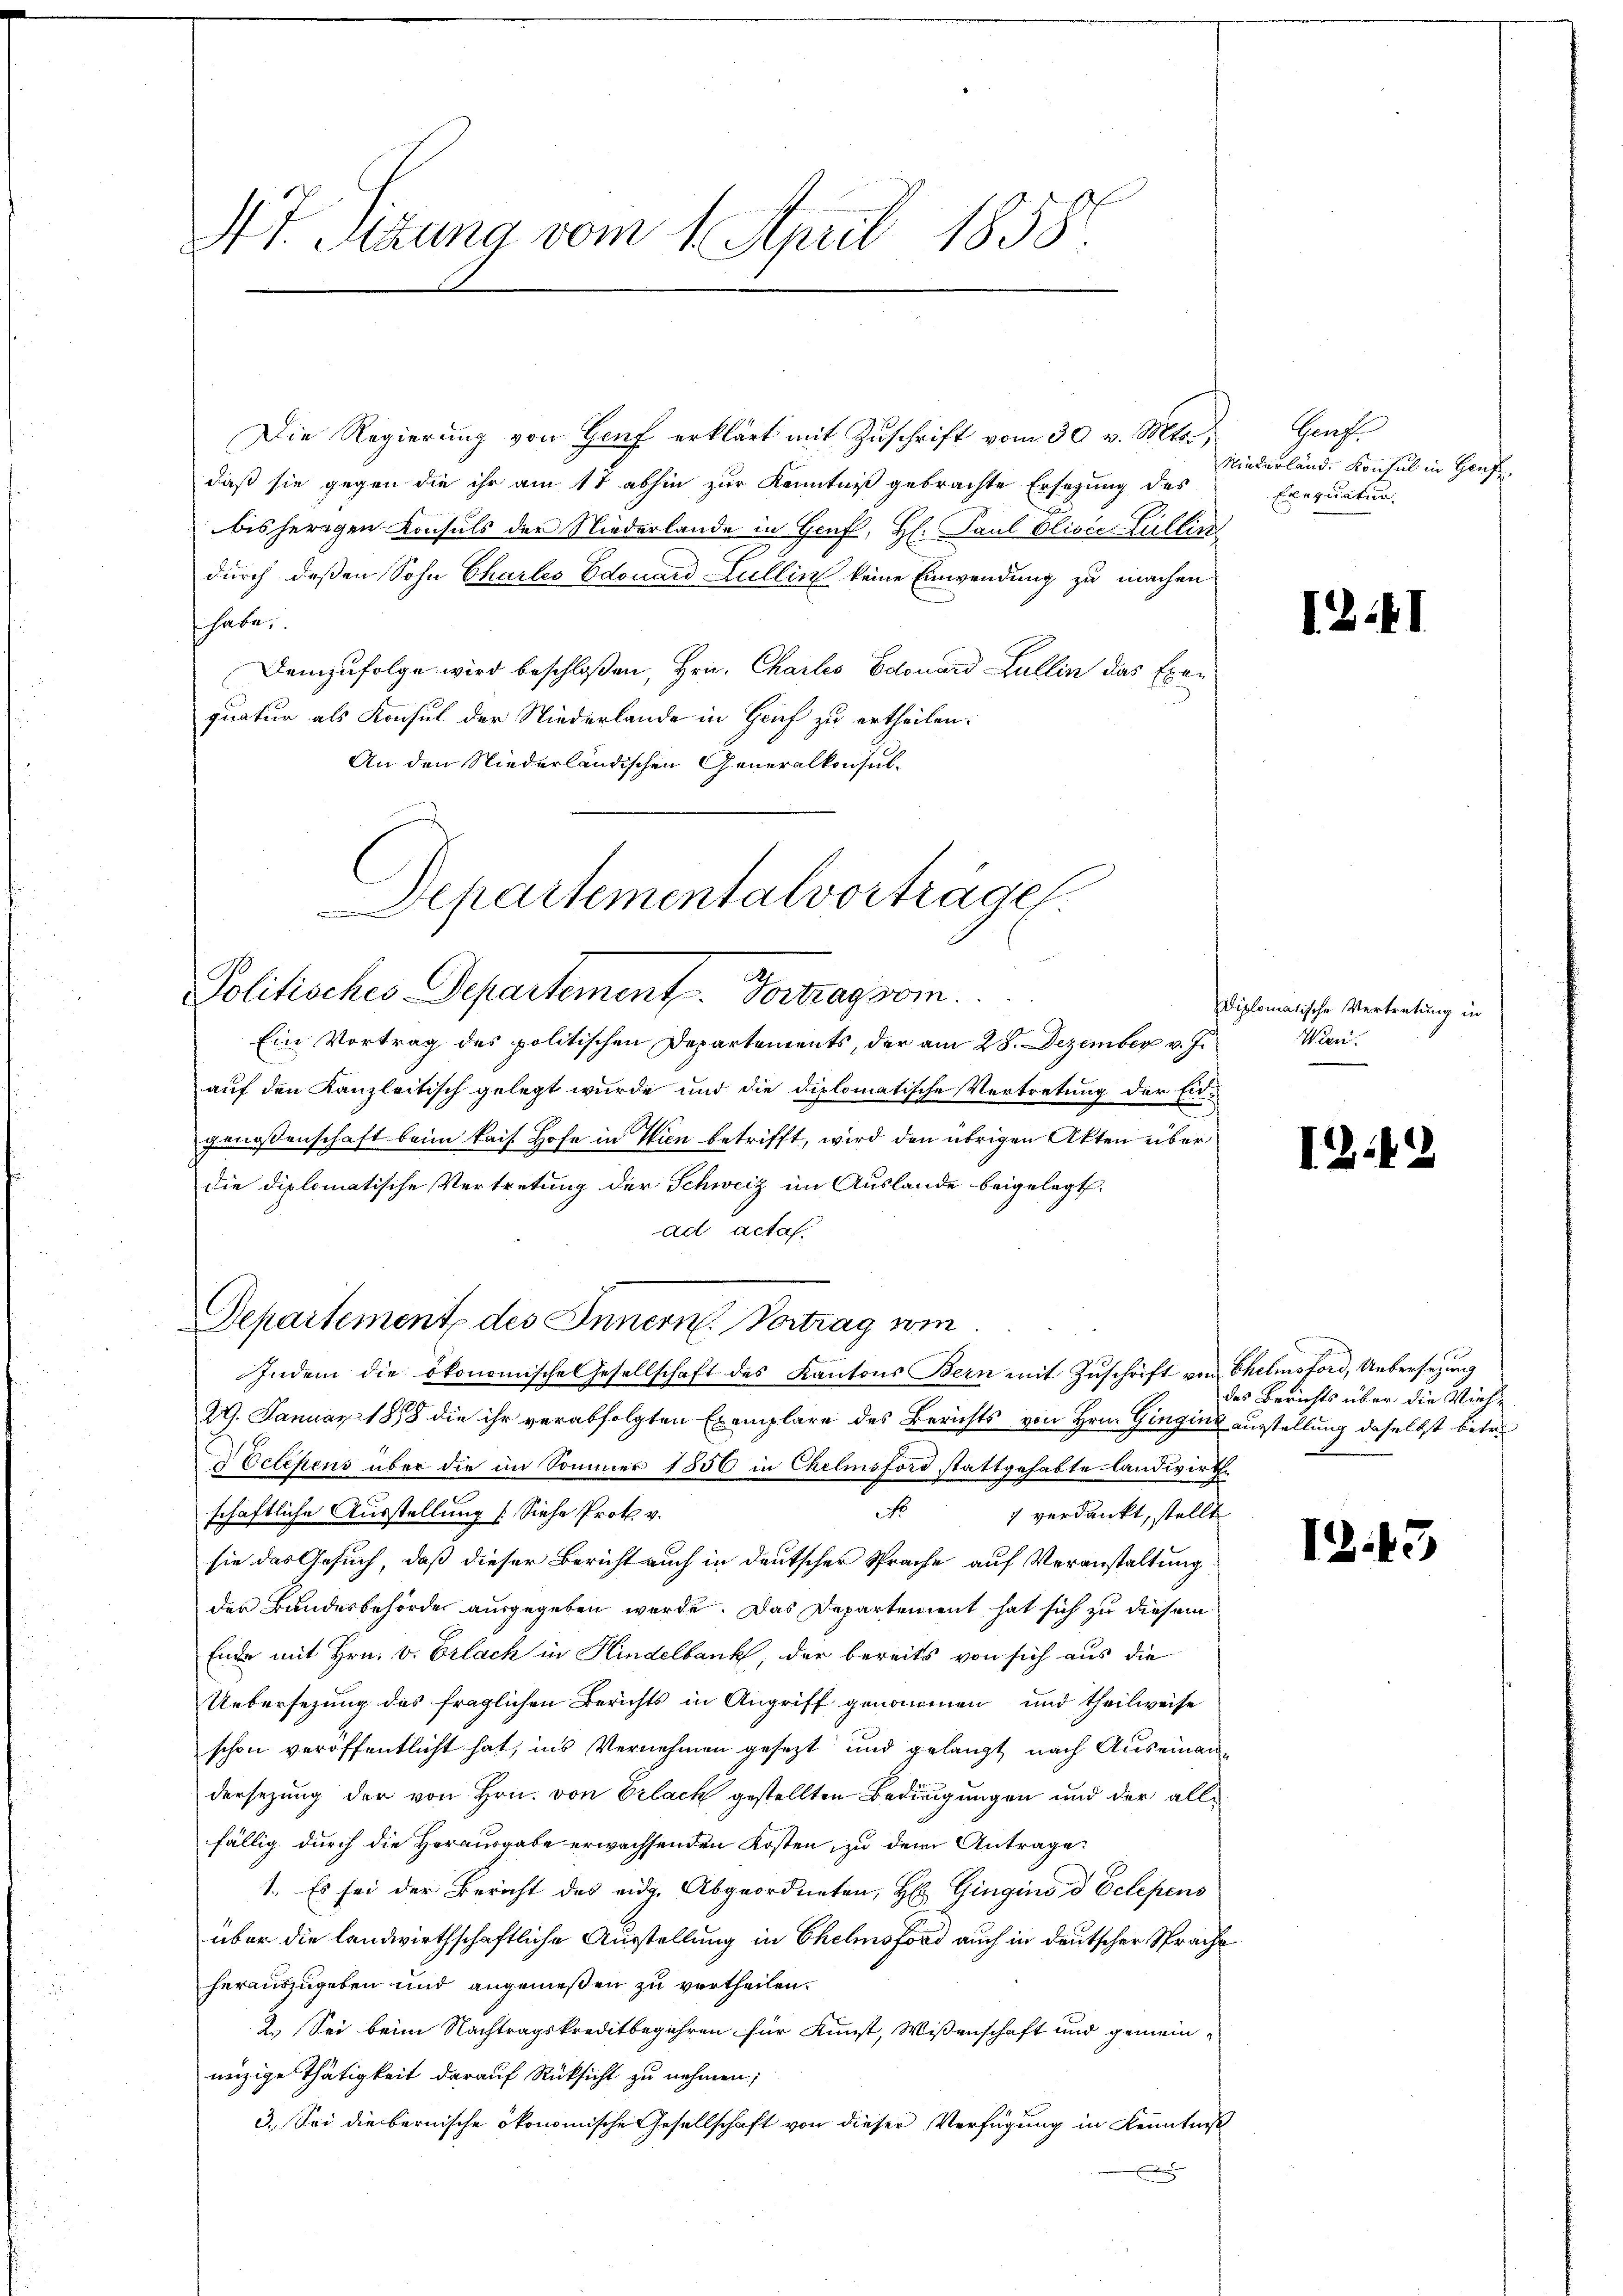
At. Sizung vom 1. April 1858.

Die Regierŭng von Hof erklärt mit Zŭschrift vom 30 v. Mts., Genf
daß sie gegen die ihr am 17 abhin zur Kenntniß gebrachte Ersezung des
bisherigen Konsuls der Niederlande in Genf, H. Paul Olivée Lullin
durch dessen Sohn Chartes Edouard Lullin keine Einwendung zu machen
 haben.
Demzufolge wird beschloßen, Hrn. Charlis Edouard Lullin das Exequatur als Konsul der Niederlande in Gruf zu ertheilen:
An den Niederländischen Generalkonsul¬
Departementalvorträge.

A
Politisches Departement. Vortrag vom

Ein Vortrag des politischen Departements, der am 28. Dezember v. J.
auf den Kanzleitisch gelegt wurde und die diplomatische Vertretung der Engenossenschaft beim kais. Hofe in Wien betrifft, wird den übrigen Akten über
die diplomatische Vertretung der Schweiz im Auslande beigelegt.
ad actaf.
Departement des Innern. Vortrag wi
Indem die ökonomische Gesellschaft des Kantons Bern mit Zŭschrift von Chelmsford, Uebersezung
29. Januar 188 die ihr verabfolgten Exemplare des Berichts von Hrn. Gingins ausstellung daselbst betr.
Vetchens über die im Sommer 1856 in Chelmsford stattgehabte landwirthe
schaftliche Ausstellung (Siehe Prot. v.
No 7 verdankt, stellt
sie das Gesuch, daß dieser Bericht auch in deutscher Sprache auf Veranstaltung
der Bundesbehörde ausgegeben werde. Das Departement hat sich zu diesem
Ende mit Hrn. v. Erlach in Hindelbank, der bereits von sich aus die
Uebersezung des fraglichen Berichts in Angriff genommen und theilweise
schon veröffentlicht hat, ins Vernehmen gesezt und gelangt nach Auseinandersezung der von Hrn. von Erlack gestellten Bedingungen und der alle
fällig durch die Herausgabe erwachsenden Kosten, zu dem Antrage:
1. Es sei der Bericht des eidg. Abgeordneten, Hr. Gingino d Eclepens
über die landwirthschaftliche Ausstellung in Chelmsford auch in deutscher Sprache
herauszugeben und angenießen zu vertheilen.
2. Sei beim Nachtragskreditbegehren für Kunst, Wissenschaft und gemein-
nüzige Thätigkeit darauf Rücksicht zu nehmen;
3. Sei die bernische ökonomische Gesellschaft von dieser Verfügung in Kenntniß
x

Niederland. Konsul in Genf
Exequation.

IZI

Diplomatische Vertretung in
Wern.

I.19

des Berichts über die Vieh-

Z.13